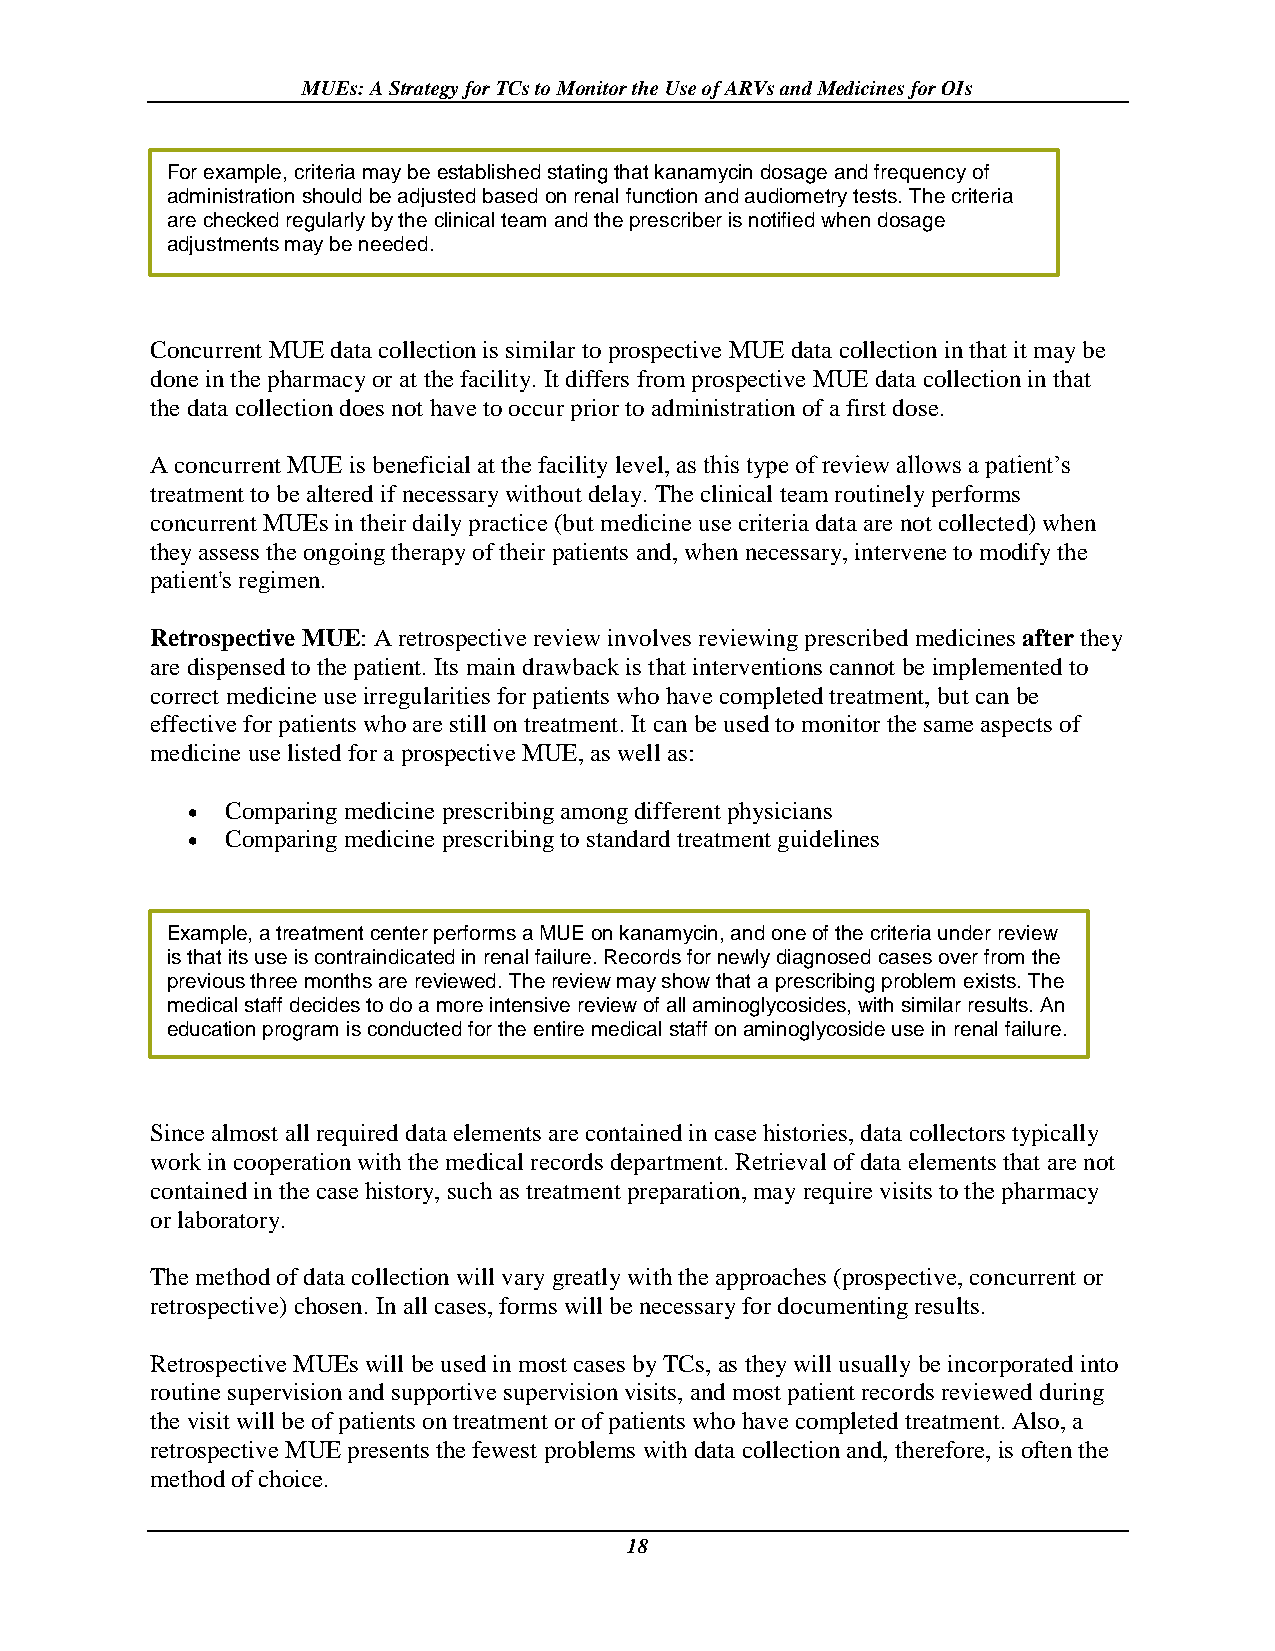
MUEs: A Strategy for TCs to Monitor the Use of ARVs and Medicines for OIs
 For example, criteria may be established stating that kanamycin dosage and frequency of
 administration should be adjusted based on renal function and audiometry tests. The criteria
 are checked regularly by the clinical team and the prescriber is notified when dosage
 adjustments may be needed.
 Concurrent MUE data collection is similar to prospective MUE data collection in that it may be
 done in the pharmacy or at the facility. It differs from prospective MUE data collection in that
 the data collection does not have to occur prior to administration of a first dose.
 A concurrent MUE is beneficial at the facility level, as this type of review allows a patient’s
 treatment to be altered if necessary without delay. The clinical team routinely performs
 concurrent MUEs in their daily practice (but medicine use criteria data are not collected) when
 they assess the ongoing therapy of their patients and, when necessary, intervene to modify the
 patient's regimen.
 Retrospective MUE: A retrospective review involves reviewing prescribed medicines after they
 are dispensed to the patient. Its main drawback is that interventions cannot be implemented to
 correct medicine use irregularities for patients who have completed treatment, but can be
 effective for patients who are still on treatment. It can be used to monitor the same aspects of
 medicine use listed for a prospective MUE, as well as:
   Comparing medicine prescribing among different physicians
   Comparing medicine prescribing to standard treatment guidelines
 Example, a treatment center performs a MUE on kanamycin, and one of the criteria under review
 is that its use is contraindicated in renal failure. Records for newly diagnosed cases over from the
 previous three months are reviewed. The review may show that a prescribing problem exists. The
 medical staff decides to do a more intensive review of all aminoglycosides, with similar results. An
 education program is conducted for the entire medical staff on aminoglycoside use in renal failure.
 Since almost all required data elements are contained in case histories, data collectors typically
 work in cooperation with the medical records department. Retrieval of data elements that are not
 contained in the case history, such as treatment preparation, may require visits to the pharmacy
 or laboratory.
 The method of data collection will vary greatly with the approaches (prospective, concurrent or
 retrospective) chosen. In all cases, forms will be necessary for documenting results.
 Retrospective MUEs will be used in most cases by TCs, as they will usually be incorporated into
 routine supervision and supportive supervision visits, and most patient records reviewed during
 the visit will be of patients on treatment or of patients who have completed treatment. Also, a
 retrospective MUE presents the fewest problems with data collection and, therefore, is often the
 method of choice.
 18